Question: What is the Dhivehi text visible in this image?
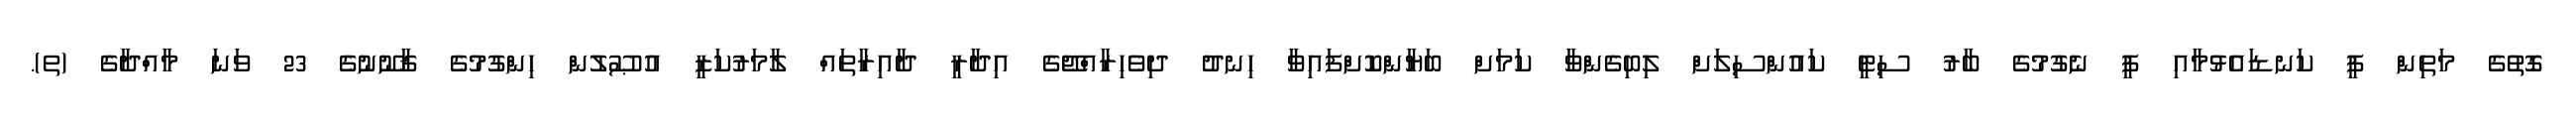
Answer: ގޮތުގެ މަތިން ފީ ކަނޑައެޅުމާއި ފީ ނެގުމުގެ ބާރު ސިޓީ ކައުންސިލަށް ލިބިގެންވާ ކަމަށް ބަޔާންކޮށްފައިވާ ހިނދު ދިވެހިރާއްޖޭގެ އިދާރީ ދާއިރާތައް ލާމަރުކަޒީ އުޞޫލުން ހިންގުމުގެ ޤާނޫނުގެ 23 ވަނަ މާއްދާގެ (ތ).